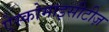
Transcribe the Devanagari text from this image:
ऐस्कोमाइसीटीज़